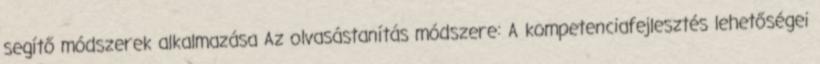
segítő módszerek alkalmazása Az olvasástanítás módszere: A kompetenciafejlesztés lehetőségei